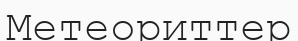
Метеориттер